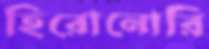
হিরোনোরি